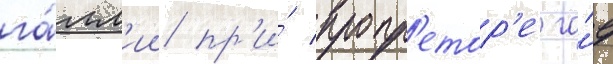
га́лл'ии пр'и́ пропр'етор'е га́е